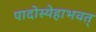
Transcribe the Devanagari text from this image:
पादोस्येहाभवत्